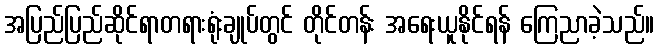
အပြည်ပြည်ဆိုင်ရာတရားရုံးချုပ်တွင် တိုင်တန်း အရေးယူနိုင်ရန် ကြေညာခဲ့သည်။